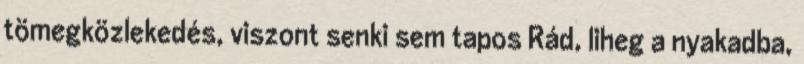
tömegközlekedés, viszont senki sem tapos Rád, liheg a nyakadba,